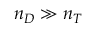
n _ { D } \gg n _ { T }